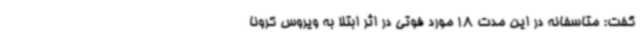
گفت: متاسفانه در این مدت 18 مورد فوتی در اثر ابتلا به ویروس کرونا